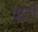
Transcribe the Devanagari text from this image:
फटीं